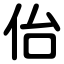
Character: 佁